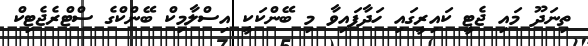
ތިނަދޫ މައި ޖެޓީ ކައިރީގައި ހަދާފައިވާ މި ބޭންކަކީ އިސްލާމިކް ބޭންކްގެ ސްޓްރެޖެޓިކް